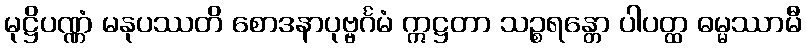
မုဋ္ဌိပဏ္ဏံ မနုပဿတိ စောဒနာပုဗ္ဗင်္ဂမံ ဣဋ္ဌတာ သဉ္စရန္တော ပါပတ္ထ ဓမ္မဿာမီ